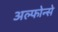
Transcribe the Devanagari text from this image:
अल्फोन्से